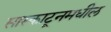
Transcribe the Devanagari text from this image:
सास्काटूनमधील